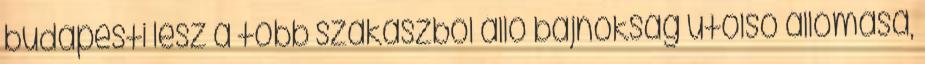
budapesti lesz a több szakaszból álló bajnokság utolsó állomása,